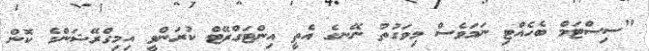
"ސިސްޓަމް ބެހެއްޓި ނަމަވެސް މިވަގުތު ނޭނގެ އެތީ އިންޓަގްރޭޓް ކުރަންވީ އިމިގްރޭޝަންގެ ކޮން